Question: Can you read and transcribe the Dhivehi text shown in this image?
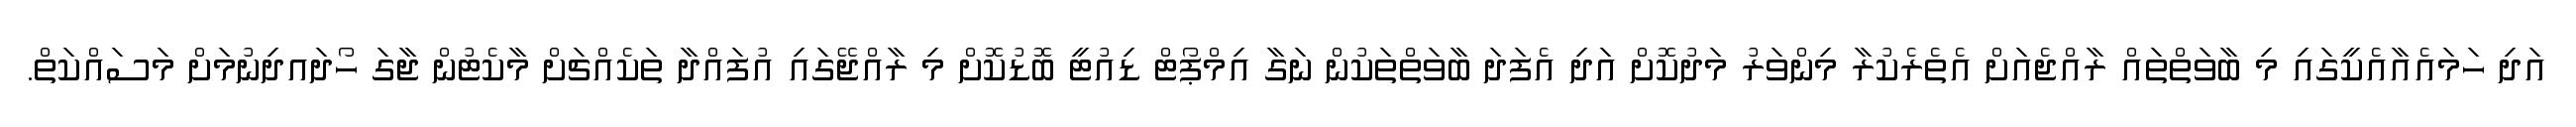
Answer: އަދި ހަމައެއާއެކީގައި މި ބާވަތްތައް ރާއްޖެއަށް އެތެރެކުރާ މިންވަރު މަދުކޮށް އަދި އެފަދަ ބާވަތްތަކުން ނަގާ އިމްޕޯޓް ޑިއުޓީ ބޮޑުކޮށް މި ރާއްޖޭގައި އުފައްދާ ތަކެއްޗަށް މާކެޓުން ޖާގަ ހޯދައދިނުމަށް މަސައްކަތް.